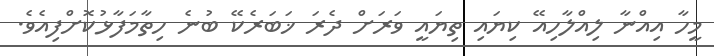
މީހާ އިއްނާ ލިއްލާހިއޭ ކިޔައި ތިޔައީ ވަރަށް ދެރަ ޚަބަރެކޭ ބުނެ ހިތާމަފާޅުކޮށްފިއެވެ.